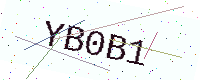
Text: YB0B1